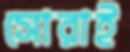
সোরাই